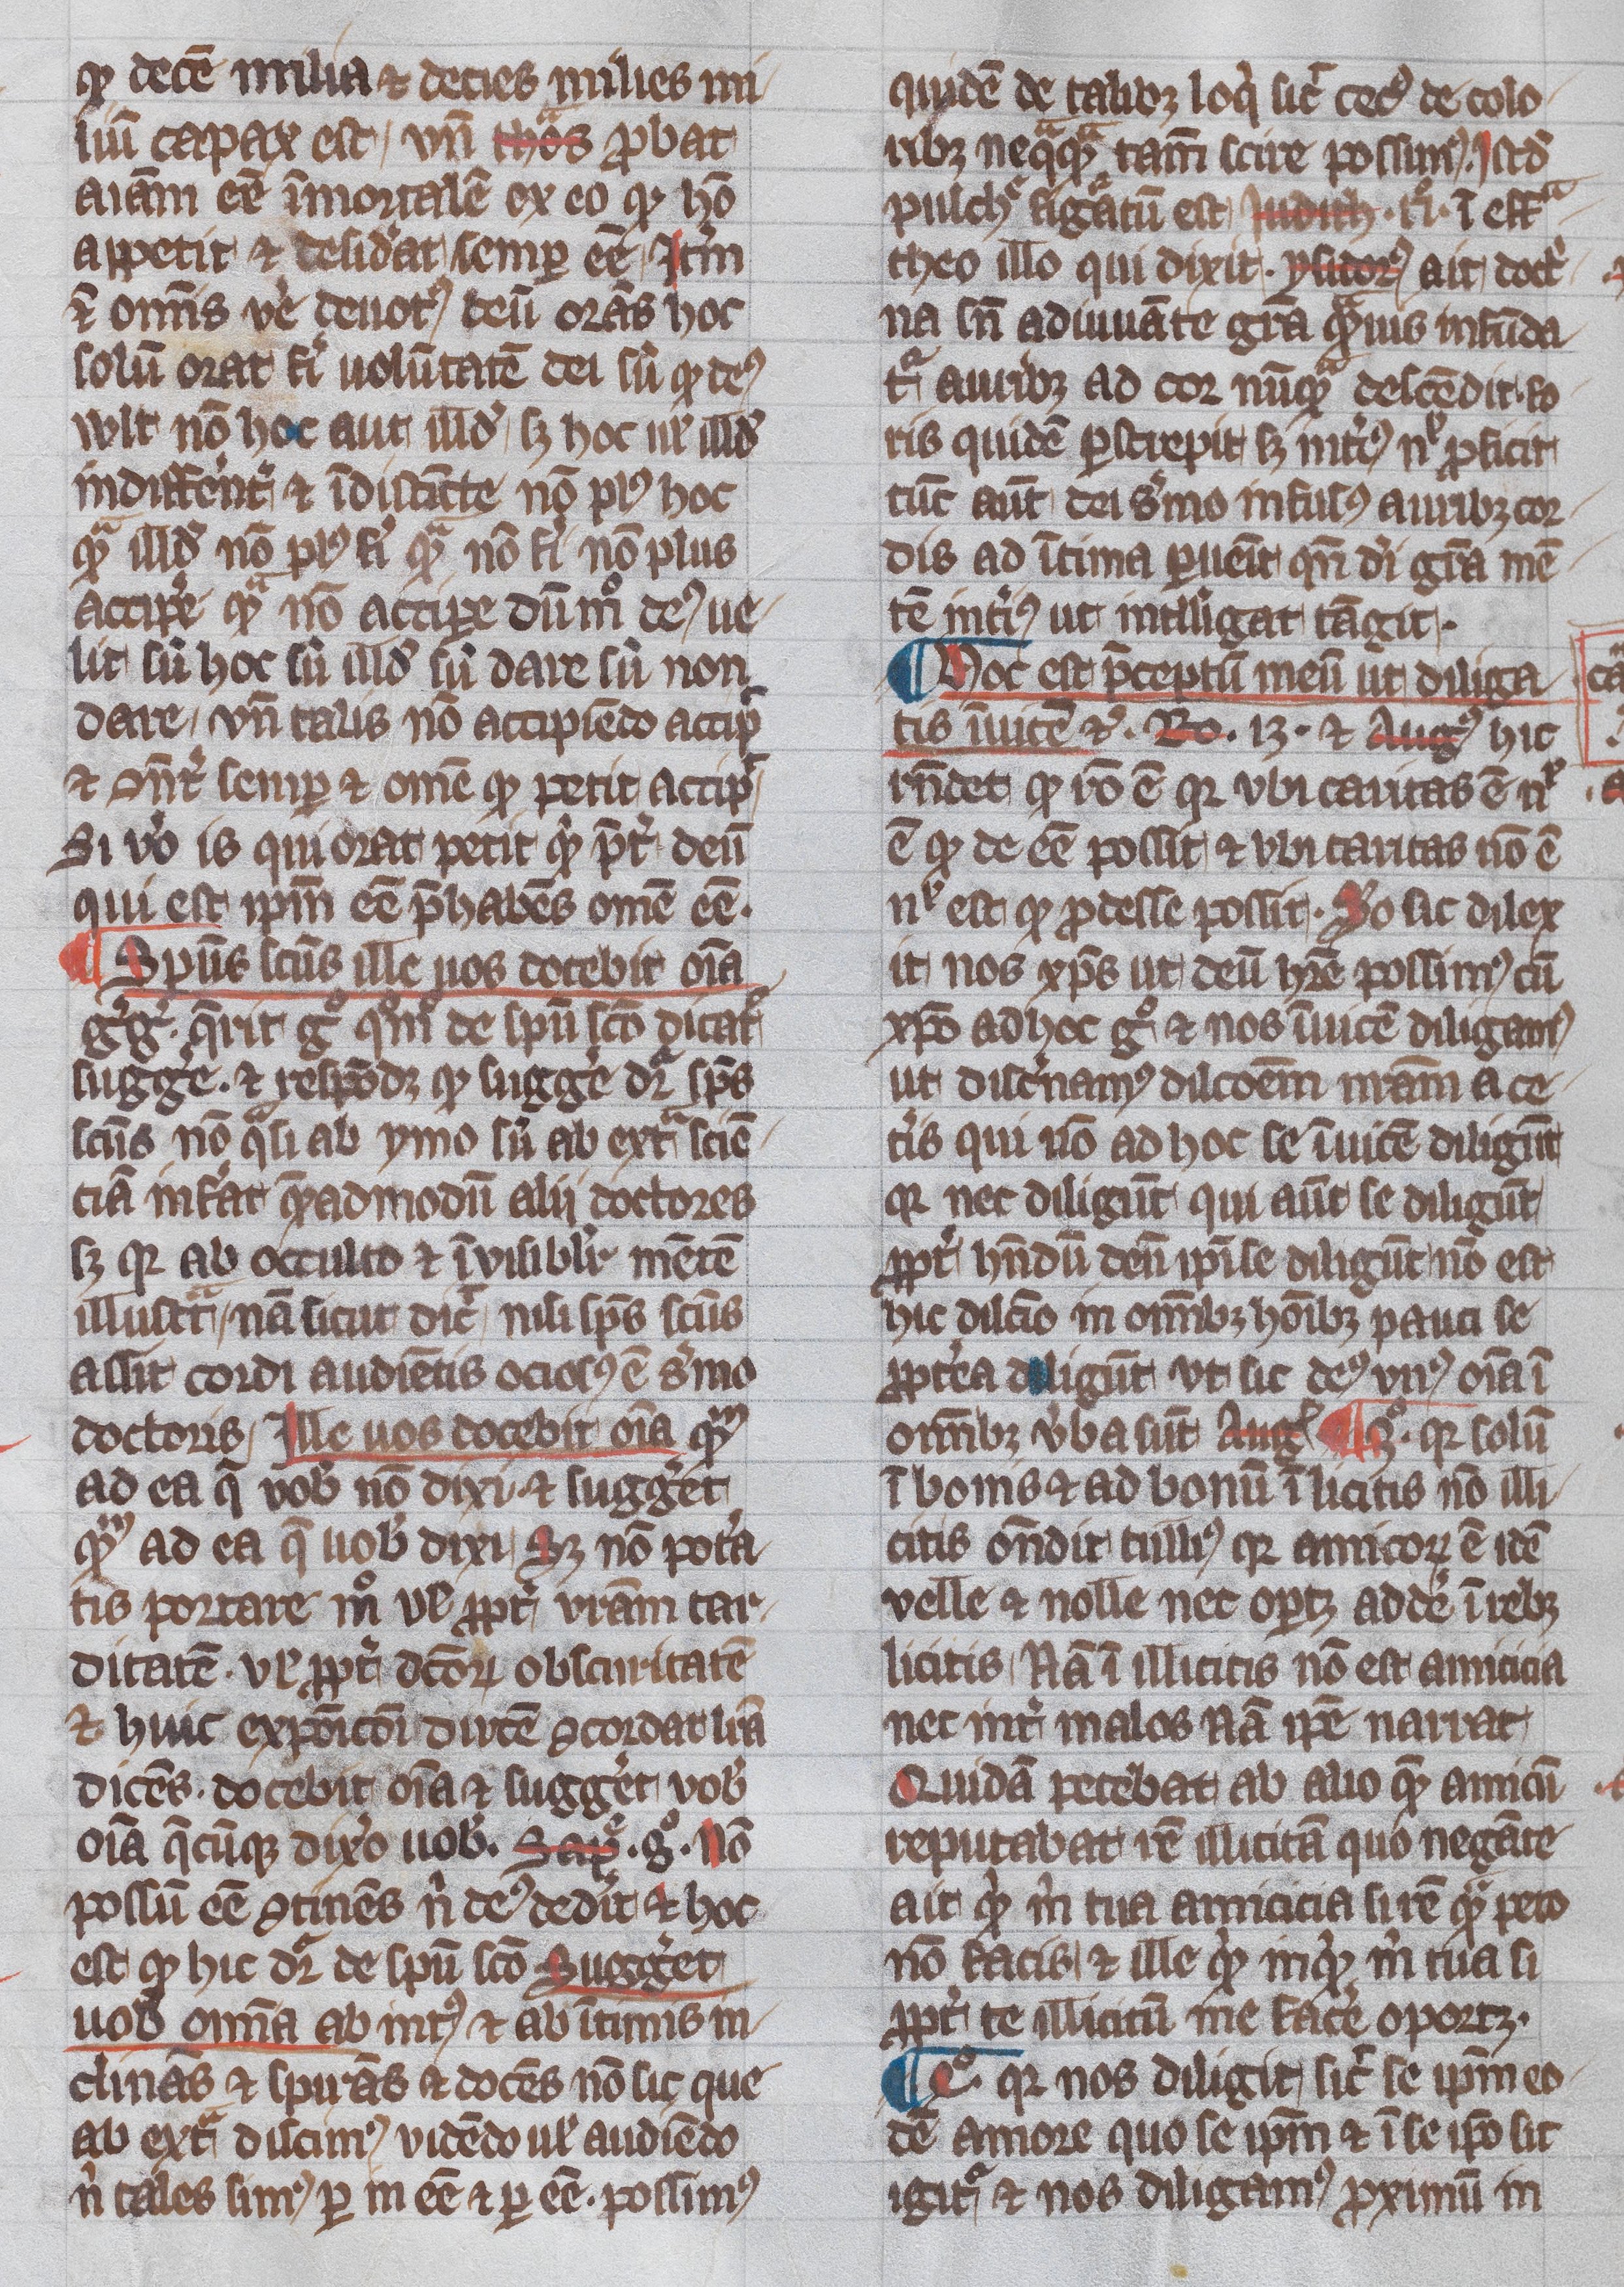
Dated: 1345–1355